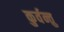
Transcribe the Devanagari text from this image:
कुर्वन्तु